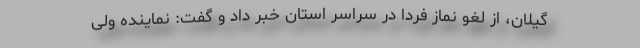
گیلان، از لغو نماز فردا در سراسر استان خبر داد و گفت: نماینده ولی